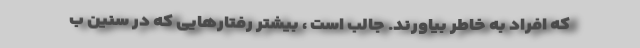
که افراد به خاطر بیاورند. جالب است ، بیشتر رفتارهایی که در سنین ب